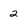
Character: 2